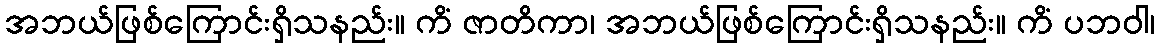
အဘယ်ဖြစ်ကြောင်းရှိသနည်း။ ကိံ ဇာတိကာ၊ အဘယ်ဖြစ်ကြောင်းရှိသနည်း။ ကိံ ပဘဝါ၊